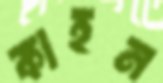
কাহন